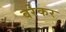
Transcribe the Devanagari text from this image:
वरेकर